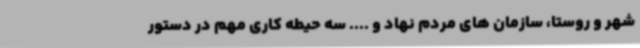
شهر و روستا، سازمان های مردم نهاد و .... سه حیطه کاری مهم در دستور